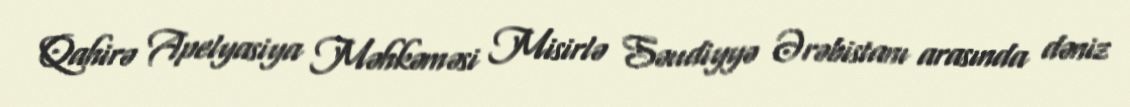
Qahirə Apelyasiya Məhkəməsi Misirlə Səudiyyə Ərəbistanı arasında dəniz